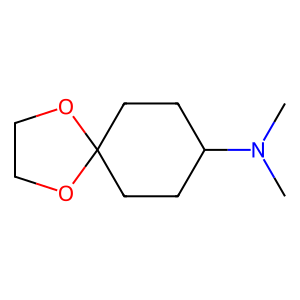
SMILES: CN(C)C1CCC2(CC1)OCCO2
Inhibits HIV replication: No